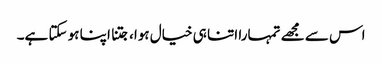
اس سے مجھے تمہارا اتنا ہی خیال ہوا، جتنا اپنا ہو سکتا ہے۔